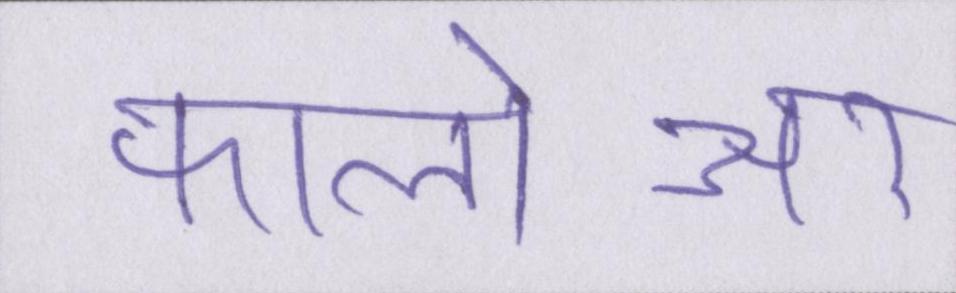
फालोअर